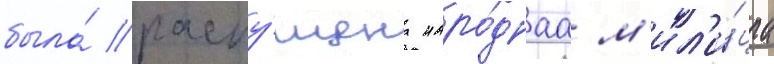
была́ распу́щена наро́днаа м'ил'и́циа